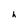
Character: h